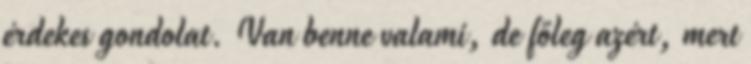
érdekes gondolat. Van benne valami, de főleg azért, mert